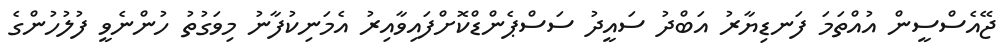
ޖޭއެސްސީން އުއްތަމަ ފަނޑިޔާރު އަބްދު ސައީދު ސަސްޕެންޑްކޮށްފައިވާއިރު އެމަނިކުފާނު މިވަގުތު ހުންނެވީ ފުލުހުންގެ